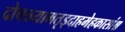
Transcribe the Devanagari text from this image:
दोषत्रयामतृड्दाहमेहकासांश्च